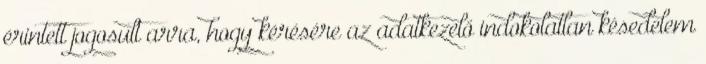
érintett jogosult arra, hogy kérésére az adatkezelő indokolatlan késedelem